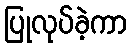
ပြုလုပ်ခဲ့ကာ